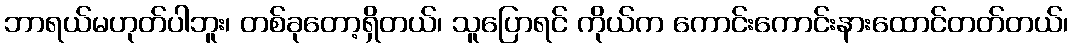
ဘာရယ်မဟုတ်ပါဘူး၊ တစ်ခုတော့ရှိတယ်၊ သူပြောရင် ကိုယ်က ကောင်းကောင်းနားထောင်တတ်တယ်၊